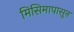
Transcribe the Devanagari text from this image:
मिसिमापासून